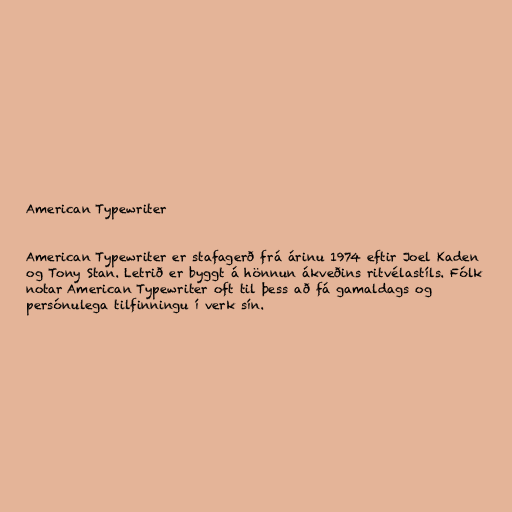
American Typewriter

American Typewriter er stafagerð frá árinu 1974 eftir Joel Kaden
og Tony Stan. Letrið er byggt á hönnun ákveðins ritvélastíls. Fólk
notar American Typewriter oft til þess að fá gamaldags og
persónulega tilfinningu í verk sín.